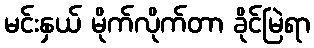
မင်းနှယ် မိုက်လိုက်တာ ခိုင်မြဲရာ